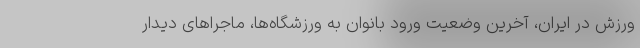
ورزش در ایران، آخرین وضعیت ورود بانوان به ورزشگاه‌ها، ‌ماجراهای دیدار